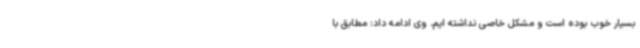
بسیار خوب بوده است و مشکل خاصی نداشته ایم. وی ادامه داد: مطابق با